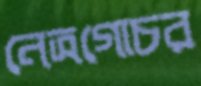
নেত্রগোচর